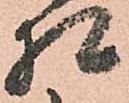
相